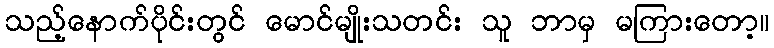
သည့်နောက်ပိုင်းတွင် မောင်မျိုးသတင်း သူ ဘာမှ မကြားတော့။